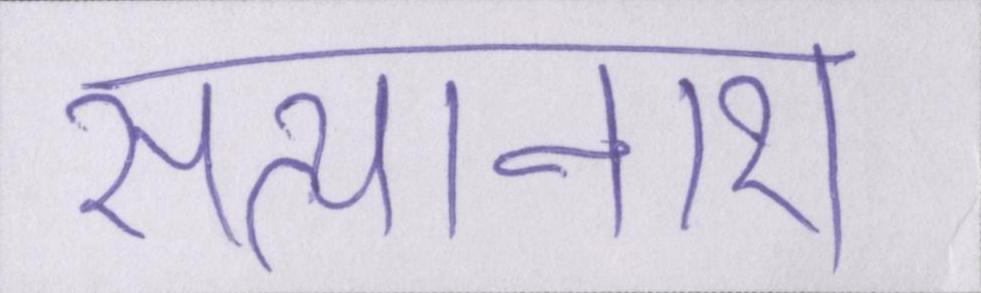
सत्यानाश